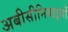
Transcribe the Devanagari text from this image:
अबीसीनियाइयों